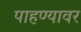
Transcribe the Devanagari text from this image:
पाहण्यावर